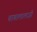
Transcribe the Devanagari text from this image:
बाबालालजी